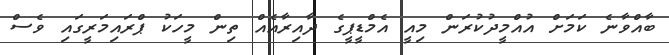
ބާއްވާނެ ކަމަށް އުއްމީދުކުރަން މިއީ އެމްޑީޕީގެ ދާއިރާއެއް ތިން މީހަކު ޕްރައިމަރީގައި ވެސް